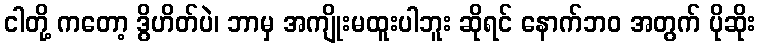
ငါတို့ ကတော့ ဒွိဟိတ်ပဲ၊ ဘာမှ အကျိုးမထူးပါဘူး ဆိုရင် နောက်ဘဝ အတွက် ပိုဆိုး